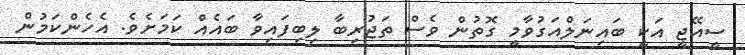
ސީއޭޖީ އަކީ ބައިނަލްއަގުވާމީ ގޮތުން ވެސް ތަޖުރިބާ ލިބިފައިވާ ބައެއް ކަމަށެވެ. އެހެންކަމުން